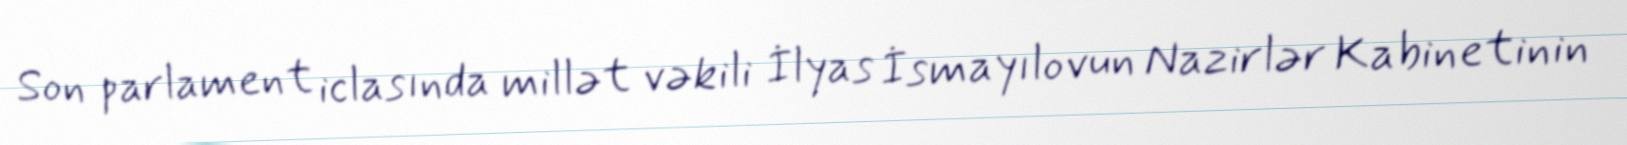
Son parlament iclasında millət vəkili İlyas İsmayılovun Nazirlər Kabinetinin